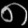
Digit: ၈